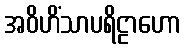
အဝိဟိံသာပရိဠာဟော